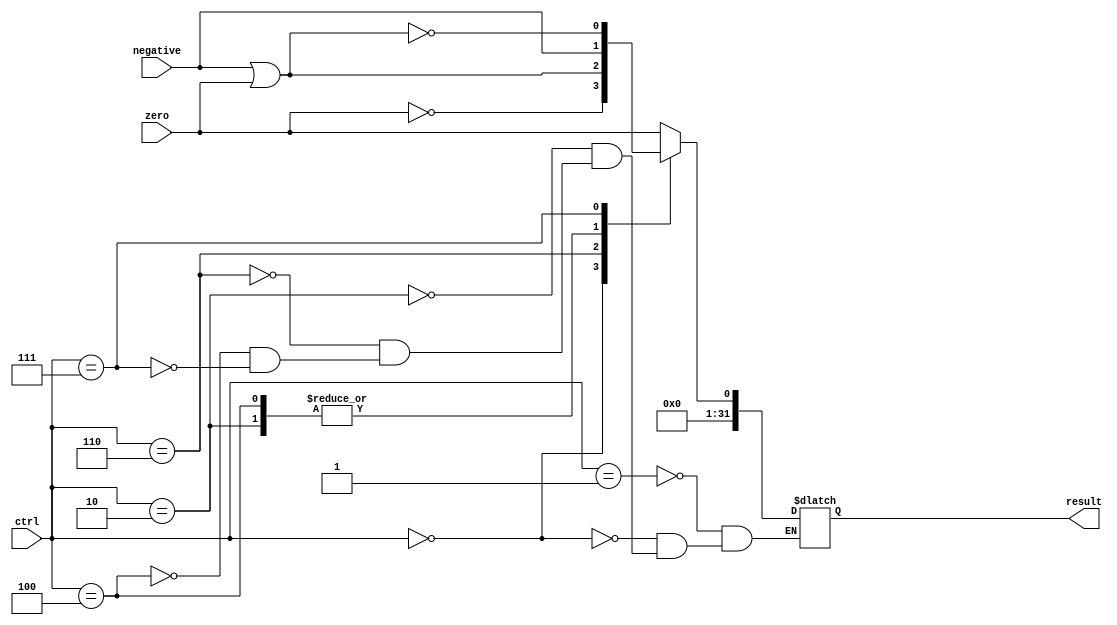
module Comparer(
  input zero,
  input negative,
  input[2:0] ctrl,
  output reg[31:0] result
  );

  always @(*) begin
    case(ctrl)
      3'b001:     //EQ
        result <= {31'd0, zero};
      3'b000:     //NEQ
        result <= {31'd0, ~zero};
      3'b010:     //LT
        result <= {31'd0, negative};
      3'b110:     //LEZ
        result <= {31'd0, negative | zero};
      3'b100:     //LTZ
        result <= {31'd0, negative};
      3'b111:     //GTZ
        result <= {31'd0, ~ (negative | zero)};
    endcase
  end

endmodule